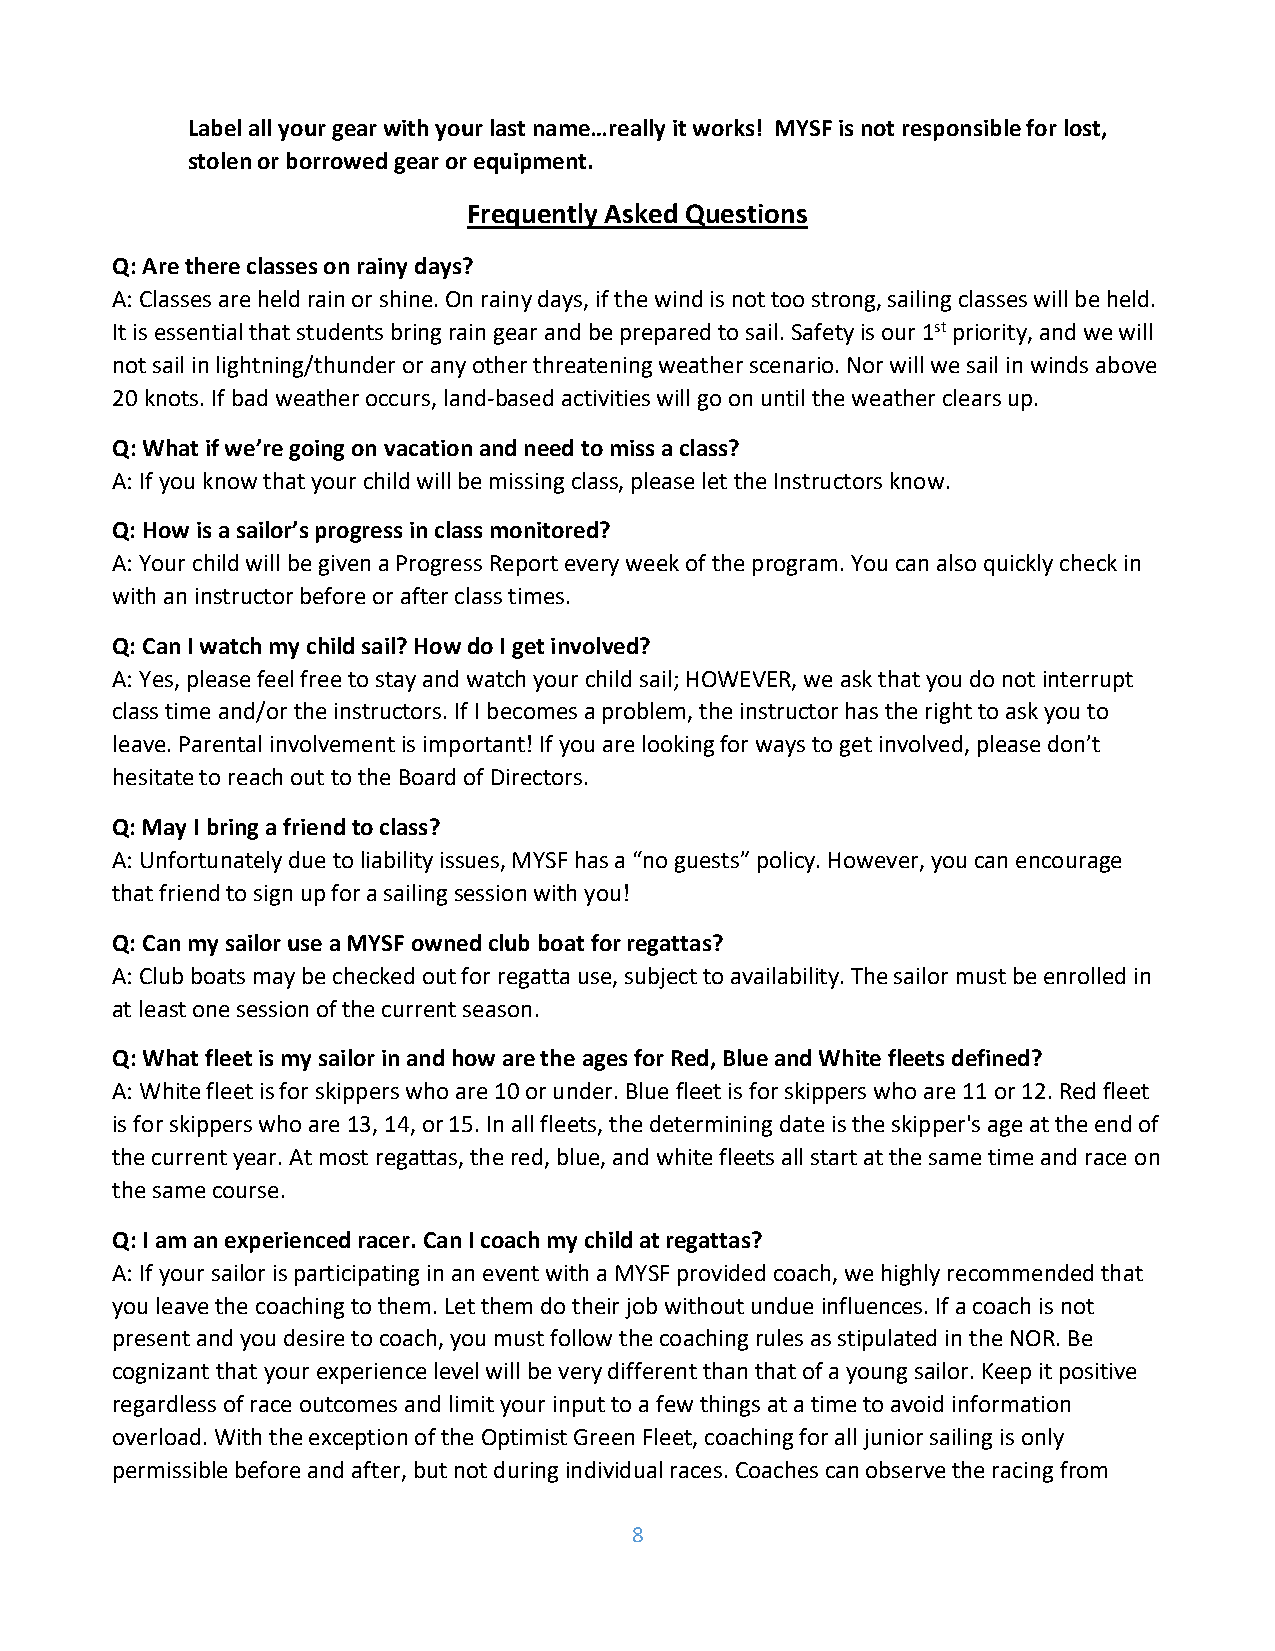
Label all your gear with your last name…really it works! MYSF is not responsible for lost,
 stolen or borrowed gear or equipment.
 Frequently Asked Questions
 Q: Are there classes on rainy days?
 A: Classes are held rain or shine. On rainy days, if the wind is not too strong, sailing classes will be held.
 It is essential that students bring rain gear and be prepared to sail. Safety is our 1st priority, and we will
 not sail in lightning/thunder or any other threatening weather scenario. Nor will we sail in winds above
 20 knots. If bad weather occurs, land-based activities will go on until the weather clears up.
 Q: What if we’re going on vacation and need to miss a class?
 A: If you know that your child will be missing class, please let the Instructors know.
 Q: How is a sailor’s progress in class monitored?
 A: Your child will be given a Progress Report every week of the program. You can also quickly check in
 with an instructor before or after class times.
 Q: Can I watch my child sail? How do I get involved?
 A: Yes, please feel free to stay and watch your child sail; HOWEVER, we ask that you do not interrupt
 class time and/or the instructors. If I becomes a problem, the instructor has the right to ask you to
 leave. Parental involvement is important! If you are looking for ways to get involved, please don’t
 hesitate to reach out to the Board of Directors.
 Q: May I bring a friend to class?
 A: Unfortunately due to liability issues, MYSF has a “no guests” policy. However, you can encourage
 that friend to sign up for a sailing session with you!
 Q: Can my sailor use a MYSF owned club boat for regattas?
 A: Club boats may be checked out for regatta use, subject to availability. The sailor must be enrolled in
 at least one session of the current season.
 Q: What fleet is my sailor in and how are the ages for Red, Blue and White fleets defined?
 A: White fleet is for skippers who are 10 or under. Blue fleet is for skippers who are 11 or 12. Red fleet
 is for skippers who are 13, 14, or 15. In all fleets, the determining date is the skipper's age at the end of
 the current year. At most regattas, the red, blue, and white fleets all start at the same time and race on
 the same course.
 Q: I am an experienced racer. Can I coach my child at regattas?
 A: If your sailor is participating in an event with a MYSF provided coach, we highly recommended that
 you leave the coaching to them. Let them do their job without undue influences. If a coach is not
 present and you desire to coach, you must follow the coaching rules as stipulated in the NOR. Be
 cognizant that your experience level will be very different than that of a young sailor. Keep it positive
 regardless of race outcomes and limit your input to a few things at a time to avoid information
 overload. With the exception of the Optimist Green Fleet, coaching for all junior sailing is only
 permissible before and after, but not during individual races. Coaches can observe the racing from
 8